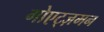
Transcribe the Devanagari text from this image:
गोएट्ज़मन